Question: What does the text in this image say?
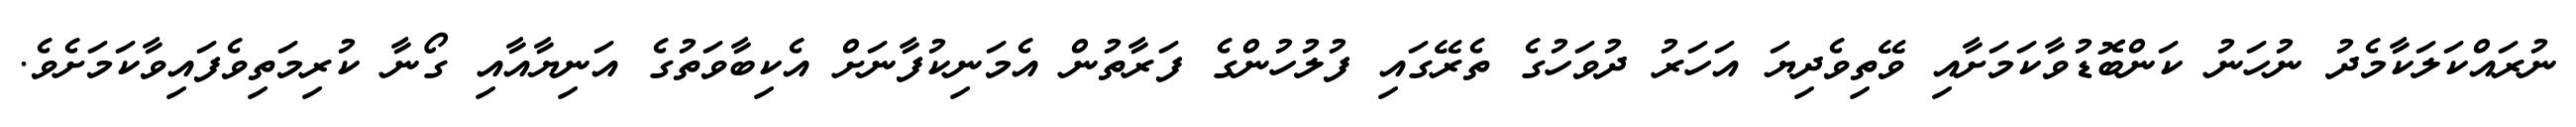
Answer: ނުރައްކަލަކާމެދު ނުހަނު ކަންބޮޑުވާކަމަށާއި ވޭތިވެދިޔަ އަހަރު ދުވަހުގެ ތެރޭގައި ފުލުހުންގެ ފަރާތުން އެމަނިކުފާނަށް އެކިބާވަތުގެ އަނިޔާއާއި ގޯނާ ކުރިމަތިވެފައިވާކަމަށެވެ.